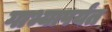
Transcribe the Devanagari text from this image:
गाभ्यापर्यंत